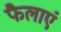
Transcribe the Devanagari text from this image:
फैलाएं